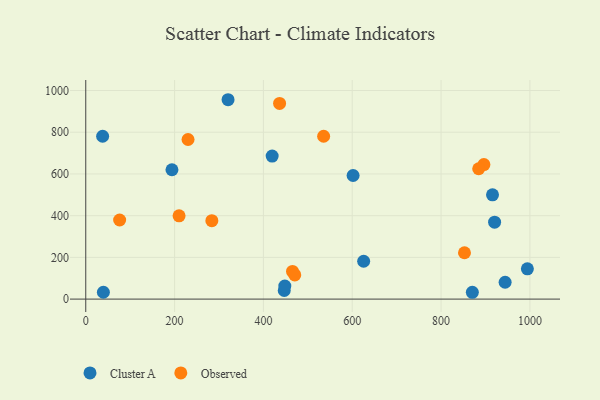
{"axis": {"x": "Experience", "y": "Sales"}, "legend": ["Cluster A", "Observed"], "data": [{"x": "944.2", "y": 80.7, "type": "Cluster A"}, {"x": "419.7", "y": 685.7, "type": "Cluster A"}, {"x": "446.9", "y": 41.2, "type": "Cluster A"}, {"x": "38.0", "y": 780.8, "type": "Cluster A"}, {"x": "39.7", "y": 32.9, "type": "Cluster A"}, {"x": "448.2", "y": 62.2, "type": "Cluster A"}, {"x": "194.1", "y": 620.2, "type": "Cluster A"}, {"x": "920.5", "y": 368.6, "type": "Cluster A"}, {"x": "625.7", "y": 181.5, "type": "Cluster A"}, {"x": "994.3", "y": 145.0, "type": "Cluster A"}, {"x": "870.4", "y": 32.7, "type": "Cluster A"}, {"x": "915.8", "y": 500.0, "type": "Cluster A"}, {"x": "320.4", "y": 955.9, "type": "Cluster A"}, {"x": "601.9", "y": 592.7, "type": "Cluster A"}, {"x": "230.3", "y": 765.2, "type": "Observed"}, {"x": "465.5", "y": 132.5, "type": "Observed"}, {"x": "210.1", "y": 399.4, "type": "Observed"}, {"x": "283.9", "y": 376.1, "type": "Observed"}, {"x": "852.7", "y": 222.3, "type": "Observed"}, {"x": "436.4", "y": 938.2, "type": "Observed"}, {"x": "535.6", "y": 780.7, "type": "Observed"}, {"x": "76.3", "y": 379.3, "type": "Observed"}, {"x": "470.6", "y": 115.7, "type": "Observed"}, {"x": "896.4", "y": 644.8, "type": "Observed"}, {"x": "884.7", "y": 625.0, "type": "Observed"}]}